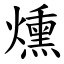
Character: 燻